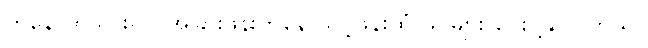
ကနေ ထဲသွားရင် အခြားဖုန်းကနေ သင့်ဖုန်းထံ ဖိုင်များ ပေးပို့နိုင်ပါတယ်။